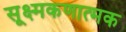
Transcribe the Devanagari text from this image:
सूक्ष्मकणात्मक